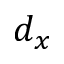
d _ { x }